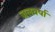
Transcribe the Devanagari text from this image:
जलवर्षा